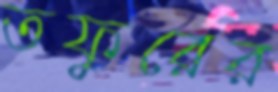
তফুরের